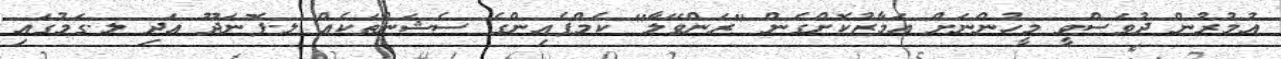
އުމުރުން ދުވަސްވީ މީހުންނަށް އަމާޒުކޮށްގެން "ރަންވޭލާ" ކެމްޕެއިންގެ ސެޝަންތަކެއް ލ.ފޮނަދޫ އަދި ލ.ގަމުގައި